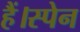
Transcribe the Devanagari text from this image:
हैं।स्पेन